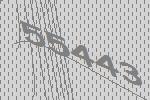
55443